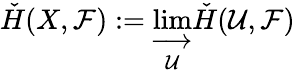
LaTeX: {\check{H}}(X,{\mathcal{F}}):=\varinjlim_{\mathcal{U}}{\check{H}}({\mathcal{U}},{\mathcal{F}})